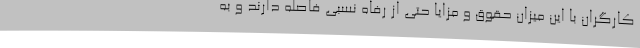
کارگران با این میزان حقوق و مزایا حتی از رفاه نسبی فاصله دارند و به